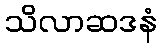
သိလာဆဒနံ